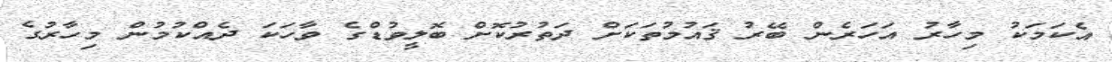
އެކަމަކު މިހާރު އަހަރެން ބޭރު ޤައުމުތަކަށް ދަތުރުކޮށް ބޮލީވުޑްގެ ވާހަކަ ދެއްކުމުން މިހާރުގެ